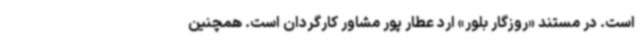
است. در مستند «روزگار بلور» ارد عطار پور مشاور کارگردان است. همچنین